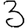
Digit: 3